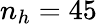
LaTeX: n_{h}=45